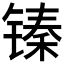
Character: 𮸙